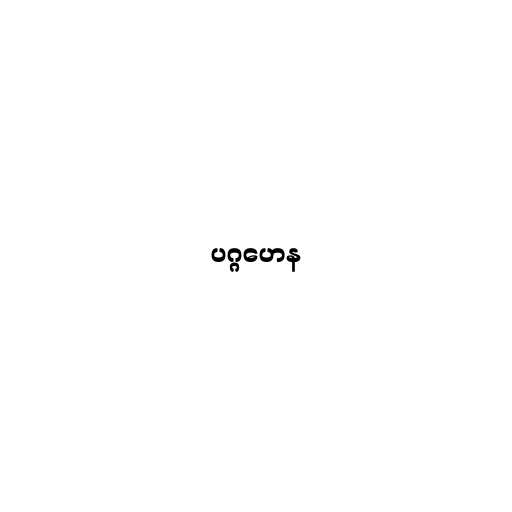
ပဂ္ဂဟေန